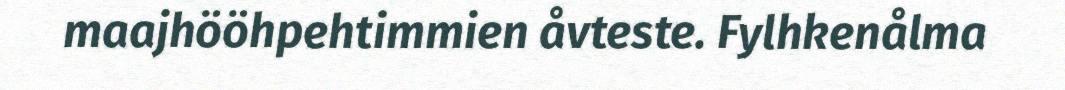
maajhööhpehtimmien åvteste. Fylhkenålma